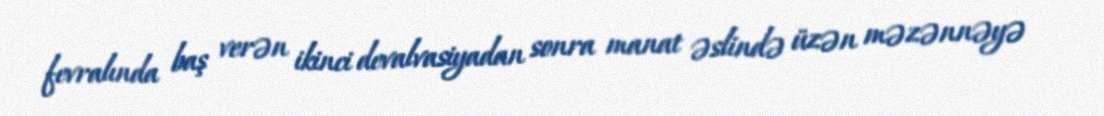
fevralında baş verən ikinci devalvasiyadan sonra manat əslində üzən məzənnəyə